Annual report of the Bengal Veterinary College and of the Civil Veterinary Department, Bengal, for the year 1908-1909 - 1908-1909
Year: 1908
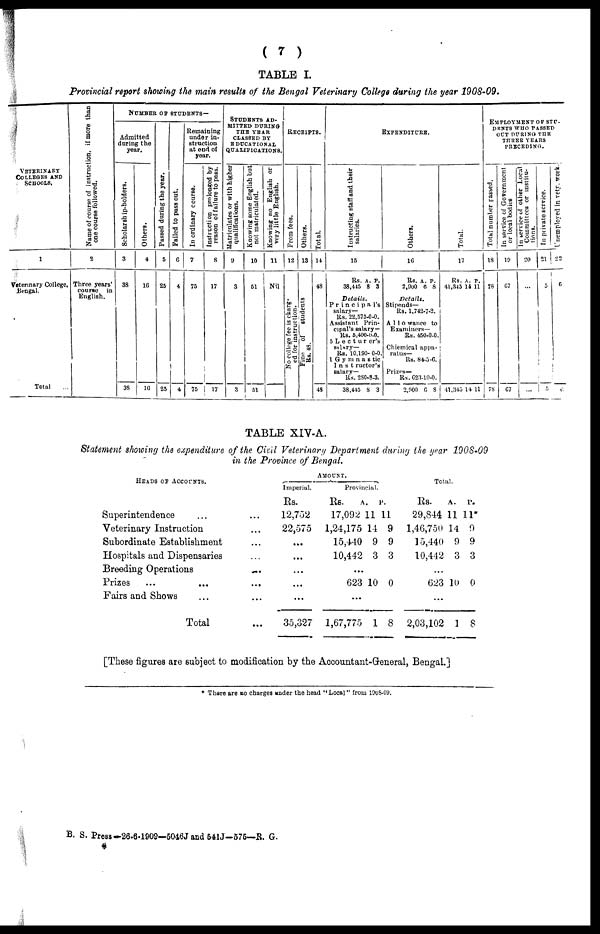
( 7 )
TABLE I.
Provincial report showing the main results of the Bengal Veterinary College during the year 1908-09.
VETERINARY
COLLEGES
AND
SCHOOLS.
1
Veterinary College,
Bengal.
Total
Name of course of instruction, if more than
one course followed.
2
Three years'
course
in
English.
NUMBER
OF
STUDENTS
––
Admitted
during the
year.
Scholarship-holders.
3
38
38
Others.
4
16
16
Passed dur i
ng the year .
5
25
25
Fai l
ed to pass out.
6
4
4
Remaining
under in-
struction
at end of
year.
In ordinary course.
7
75
75
Instruction prolonged by
reason of failure to pass.
8
17
17
STUDENTS
AD-
------ DURING
THE YEAR
CLASSED BY
EDUCATIONAL
QUALIFICATIONS.
Matriculates or with higher
qualifications.
9
3
3
Knowing some English but
not matriculated.
10
51
51
Knowing no English or
very little English.
11
Nil
RECEIPTS.
From fees.
12
No college fee is charg-
ed for instruction.
Others.
13
Fine
of
students
Rs. 48.
Total.
14
48
48
EXPENDITURE.
Instructing staff and their
salaries.
15
Rs. A. P.
38,445 8 3
Details.
Principal's
salary—
Rs. 22,575-0-0.
Assistant Prin-
cipal's salary—
Rs. 5,400-0-0.
5 Lecturer's
salary—
Rs. 10,190- 0-0.
1 Gymnastic
Instructor's
salary—
Rs. 280.8-3.
38,445 8 3
Others.
16
Rs. A. p.
2,900 6 8
Details.
Stipends—
Rs. 1,742-7-2.
Allowance to
Examiners—
Rs. 450-0-0.
Chiemical appa-
ratus—
Rs. 84-5-6.
Prizes—
Rs.623-10-0.
2,900 6 8
Total.
17
Rs. A. P.
41,345 14 11
41,345 14 11
EMPLOYMENT
OF
STU-
DENTS WHO PASSED
OUT DURING THE
THREE YEARS
PRECEDING.
Total number passed.
18
78
78
In service of Government
or local bodies
19
67
67
In service of other Local
Committees or institu-
tions.
20
...
...
In private service.
21
5
5
Unemployed in vety work
22
6
6
TABLE XIV-A.
Statement showing the expenditure of the Civil Veterinary Department during ike year 1908-09
in the Province of Bengal.
HEADS
OF
ACCOUNTS..
Superintendence
......
Veterinary Instruction...
Subordinate Establishment
...
Hospitals and Dispensaries ...
Breeding Operations
...
Prizes
...
...
...
Fairs and Shows
...
...
Total ...
AMOUNT.
Imperial.
Rs.
12,752
22,575
...
...
...
...
...
35,327
Provincial.
Rs.
17,092
1,24,175
15,440
10,442
...
623
...
1,67,775
A.
11
14
9
3
10
1
P.
11
9
9
3
0
8
Total.
Rs.
29,844
1,46,750
15,440
10,442
...
623
...
2,03,102
A.
11
14
9
3
10
1
P.
11*
9
9
3
0
8
[These figures are subject to modification by the Accountant-Greneral, Bengal.]
* There are no charges under the head "Local" from 1908-09.
B. S. Press—26.6.1909—5046J and 541J—575—R. G.